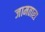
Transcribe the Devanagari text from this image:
जामतारा